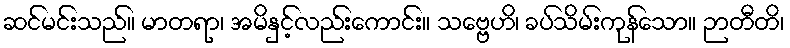
ဆင်မင်းသည်။ မာတရာ၊ အမိနှင့်လည်းကောင်း။ သဗ္ဗေဟိ၊ ခပ်သိမ်းကုန်သော။ ဉာတီတိ၊